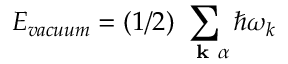
E _ { v a c u u m } = ( 1 / 2 ) \sum _ { \mathrm { ~ \bf ~ k ~ } \alpha } \hbar \omega _ { k }